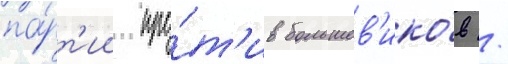
па́рт'ии про́т'ив большев'ико́в /